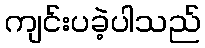
ကျင်းပခဲ့ပါသည်